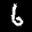
Label: 6